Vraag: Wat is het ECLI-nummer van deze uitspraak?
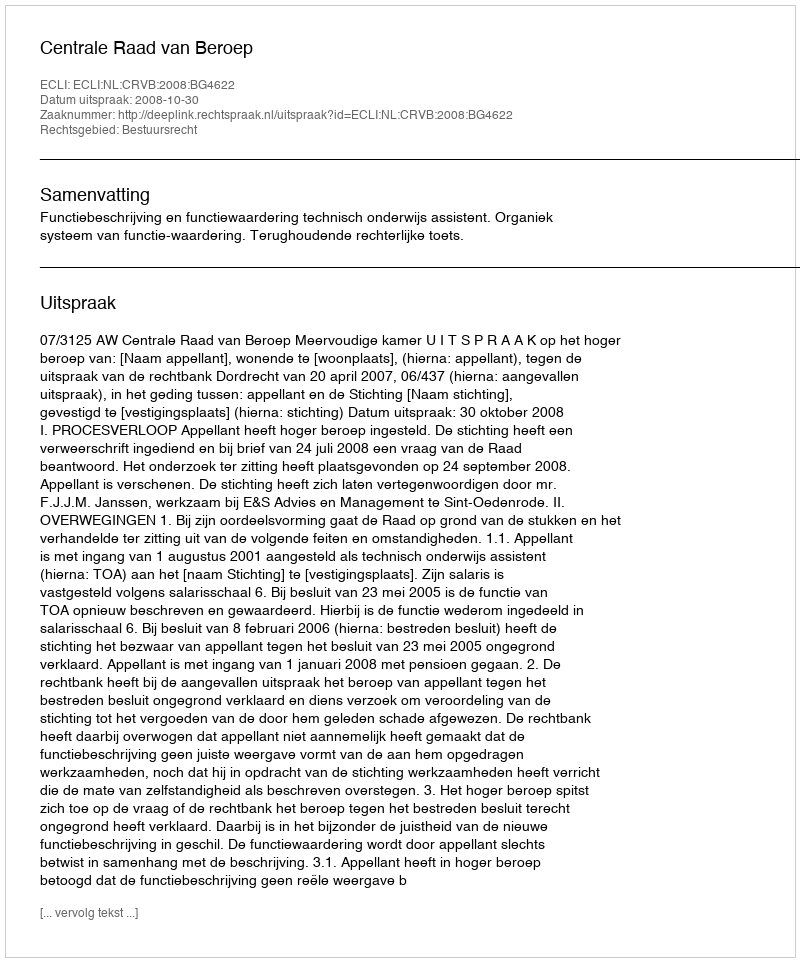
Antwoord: ECLI:NL:CRVB:2008:BG4622